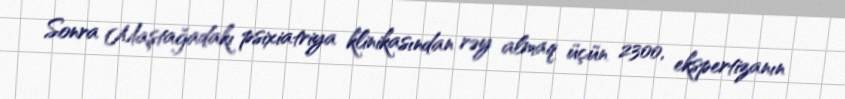
Sonra Maştağadakı psixiatriya klinikasından rəy almaq üçün 2300, ekspertizanın